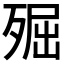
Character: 𣨢